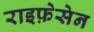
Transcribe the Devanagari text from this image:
राइफ़ेसेन